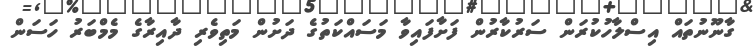
ގާނޫނުތައް އިސްލާހުކުރަން ސަރުކާރުން ފަށާފައިވާ މަސައްކަތުގެ ދަށުން މަތިވެރި ދާއިރާގެ މެމްބަރު ހަސަން